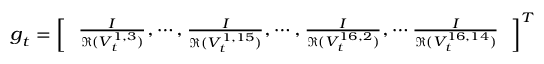
{ \footnotesize \boldsymbol g _ { t } = \left[ \begin{array} { l } { \frac { I } { \mathfrak R ( V _ { t } ^ { 1 , 3 } ) } , \cdots , \frac { I } { \mathfrak R ( V _ { t } ^ { 1 , 1 5 } ) } , \cdots , \frac { I } { \mathfrak R ( V _ { t } ^ { 1 6 , 2 } ) } , \cdots \frac { I } { \mathfrak R ( V _ { t } ^ { 1 6 , 1 4 } ) } } \end{array} \right] ^ { T } }